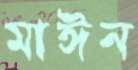
মাঈন